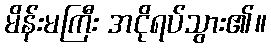
မိန်းမကြီး အငိုရပ်သွား၏။